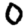
Digit: 0